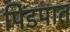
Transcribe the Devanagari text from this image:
पिंडपात